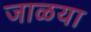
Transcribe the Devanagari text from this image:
जाळया